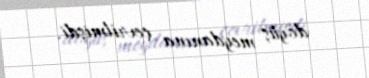
döyüş meydanına çevrilmişdi.